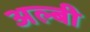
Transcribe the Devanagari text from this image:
अल्बी